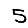
Digit: 5